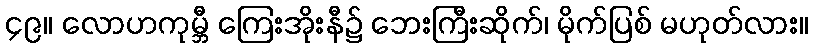
၄၉။ လောဟကုမ္ဘီ ကြေးအိုးနီ၌ ဘေးကြီးဆိုက်၊ မိုက်ပြစ် မဟုတ်လား။